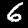
Label: 6